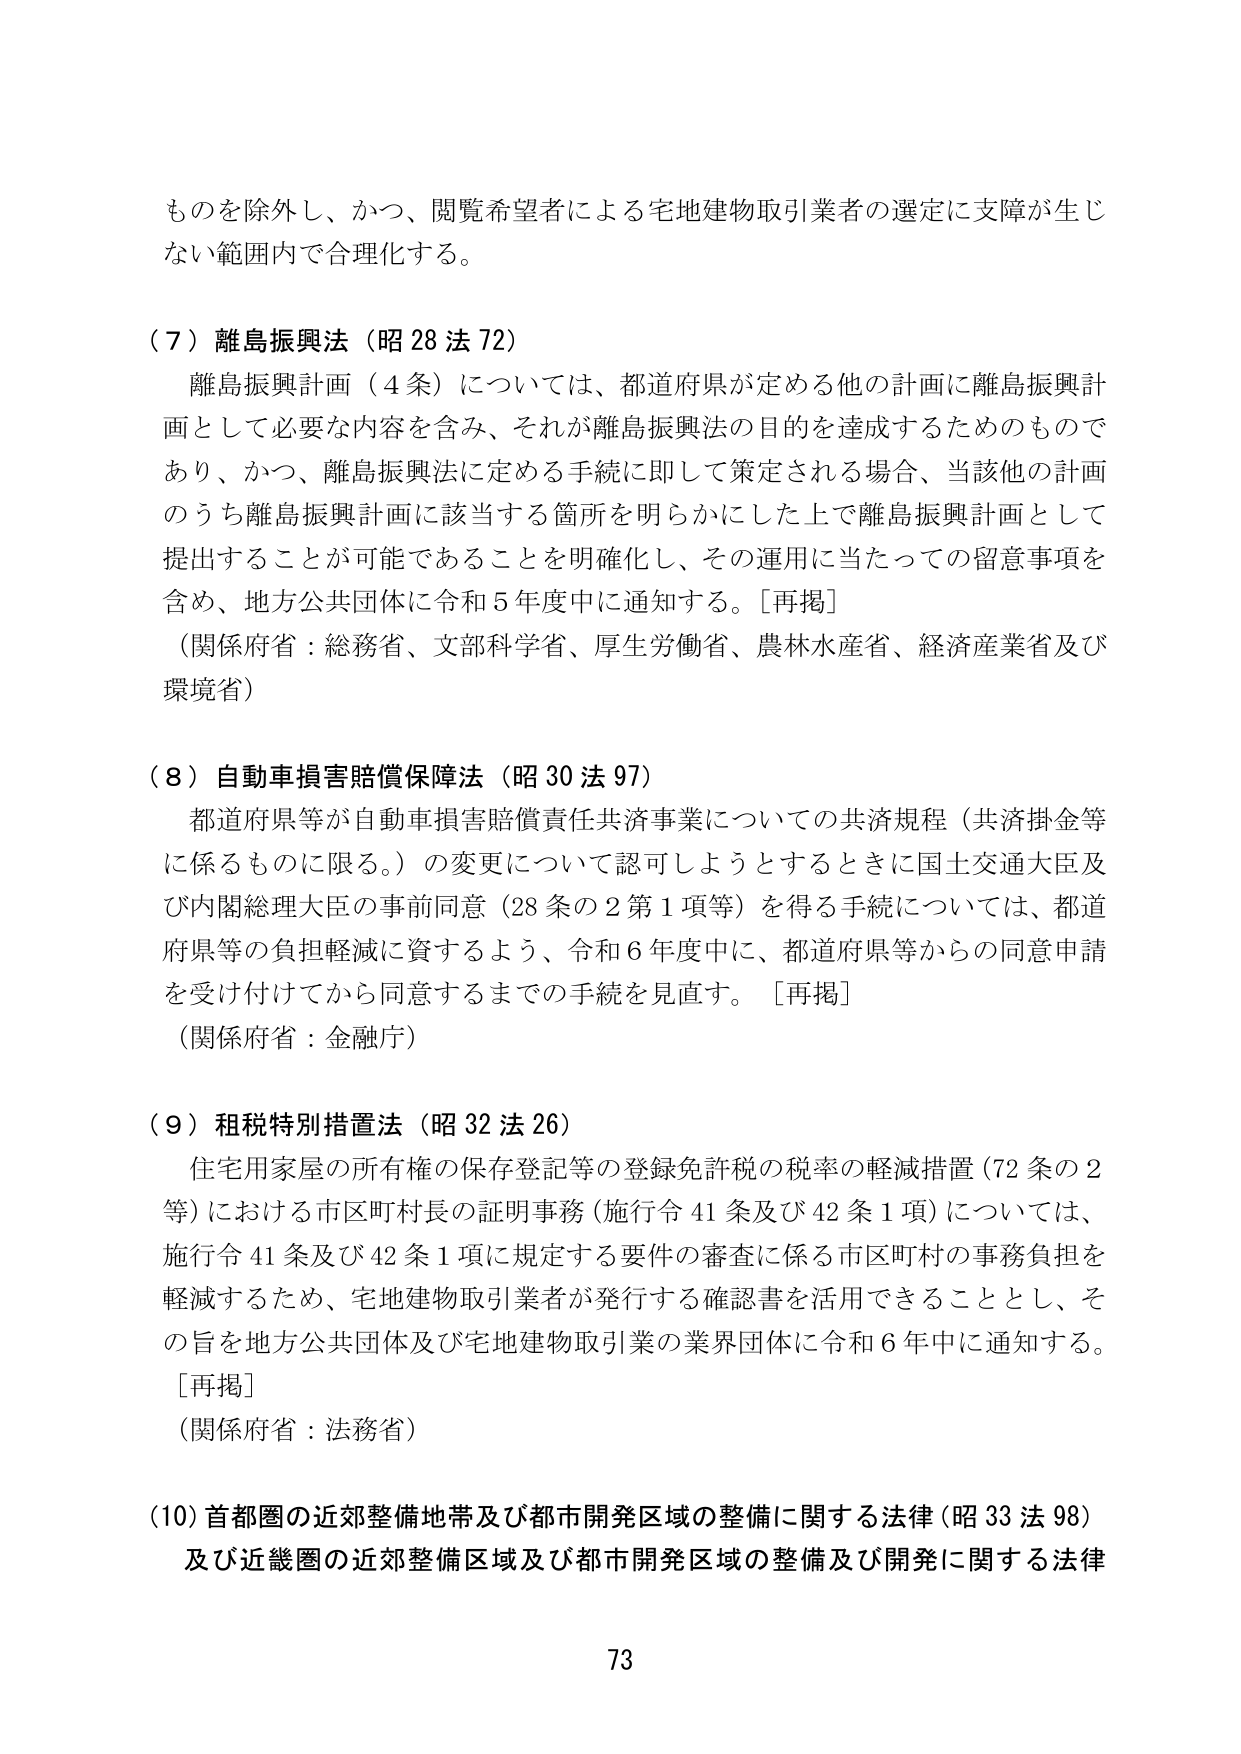
ものを除外し、かつ、閲覧希望者による宅地建物取引業者の選定に支障が生じない範囲内で合理化する。

（７）離島振興法（昭28法72）
　離島振興計画（4条）については、都道府県が定める他の計画に離島振興計画として必要な内容を含み、それが離島振興法の目的を達成するためのものであり、かつ、離島振興法に定める手続に即して策定される場合、当該他の計画のうち離島振興計画に該当する箇所を明らかにした上で離島振興計画として提出することが可能であることを明確化し、その運用に当たっての留意事項を含め、地方公共団体に令和5年度中に通知する。［再掲］
（関係府省：総務省、文部科学省、厚生労働省、農林水産省、経済産業省及び環境省）

（８）自動車損害賠償保障法（昭30法97）
　都道府県等が自動車損害賠償責任共済事業についての共済規程（共済掛金等に係るものに限る。）の変更について認可しようとするときに国土交通大臣及び内閣総理大臣の事前同意（28条の2第1項等）を得る手続については、都道府県等の負担軽減に資するよう、令和6年度中に、都道府県等からの同意申請を受け付けてから同意するまでの手続を見直す。［再掲］
（関係府省：金融庁）

（９）租税特別措置法（昭32法26）
　住宅用家屋の所有権の保存登記等の登録免許税の税率の軽減措置（72条の2等）における市区町村長の証明事務（施行令41条及び42条1項）については、施行令41条及び42条1項に規定する要件の審査に係る市区町村の事務負担を軽減するため、宅地建物取引業者が発行する確認書を活用できることとし、その旨を地方公共団体及び宅地建物取引業の業界団体に令和6年中に通知する。
［再掲］
（関係府省：法務省）

（10）首都圏の近郊整備地帯及び都市開発区域の整備に関する法律（昭33法98）
　及び近畿圏の近郊整備区域及び都市開発区域の整備及び開発に関する法律

73